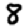
Digit: 8